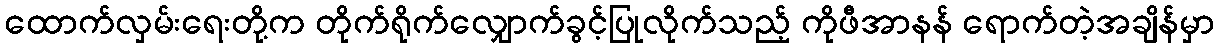
ထောက်လှမ်းရေးတို့က တိုက်ရိုက်လျှောက်ခွင့်ပြုလိုက်သည့် ကိုဖီအာနန် ရောက်တဲ့အချိန်မှာ